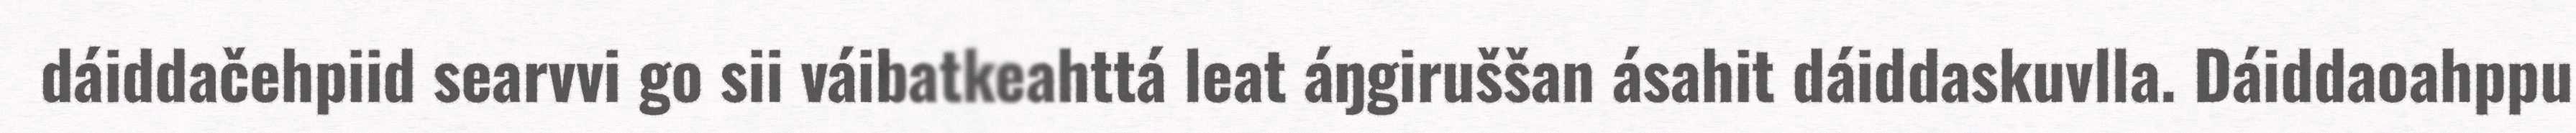
dáiddačehpiid searvvi go sii váibatkeahttá leat áŋgiruššan ásahit dáiddaskuvlla. Dáiddaoahppu